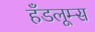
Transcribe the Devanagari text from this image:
हँडलूम्स